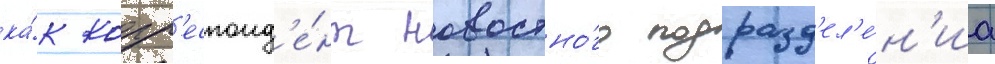
ка́к корр'еспонд'е́нт новостно́го подразд'ел'е́н'иа